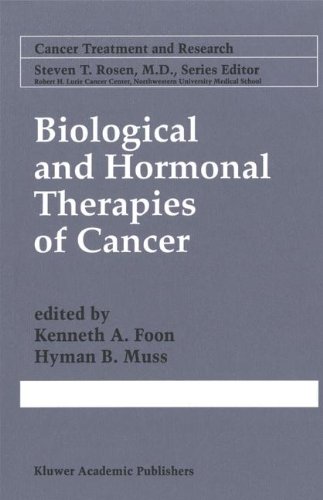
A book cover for Biological & Hormonal Therapies of Cancer; Medical Books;